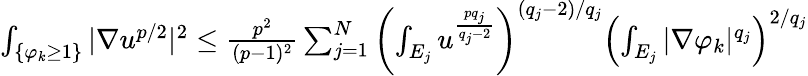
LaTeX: \begin{array}{r}{\int_{\{ \varphi_{k}\ge 1\} }|\nabla u^{p/2}|^{2}\le\frac{p^{2}}{(p-1)^{2}}\sum_{j=1}^{N}\left(\int_{E_{j}}u^{\frac{pq_{j}}{q_{j}-2}}\right)^{(q_{j}-2)/q_{j}}\left(\int_{E_{j}}|\nabla\varphi_{k}|^{q_{j}}\right)^{2/q_{j}}}\end{array}